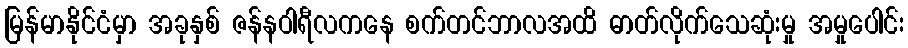
မြန်မာနိုင်ငံမှာ အခုနှစ် ဇန်နဝါရီလကနေ စက်တင်ဘာလအထိ ဓာတ်လိုက်သေဆုံးမှု အမှုပေါင်း